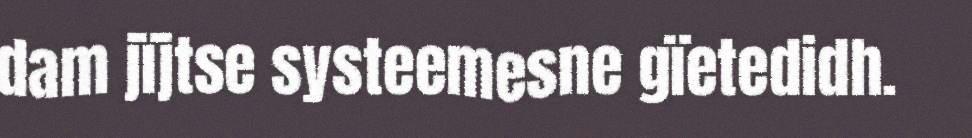
dam jïjtse systeemesne gïetedidh.